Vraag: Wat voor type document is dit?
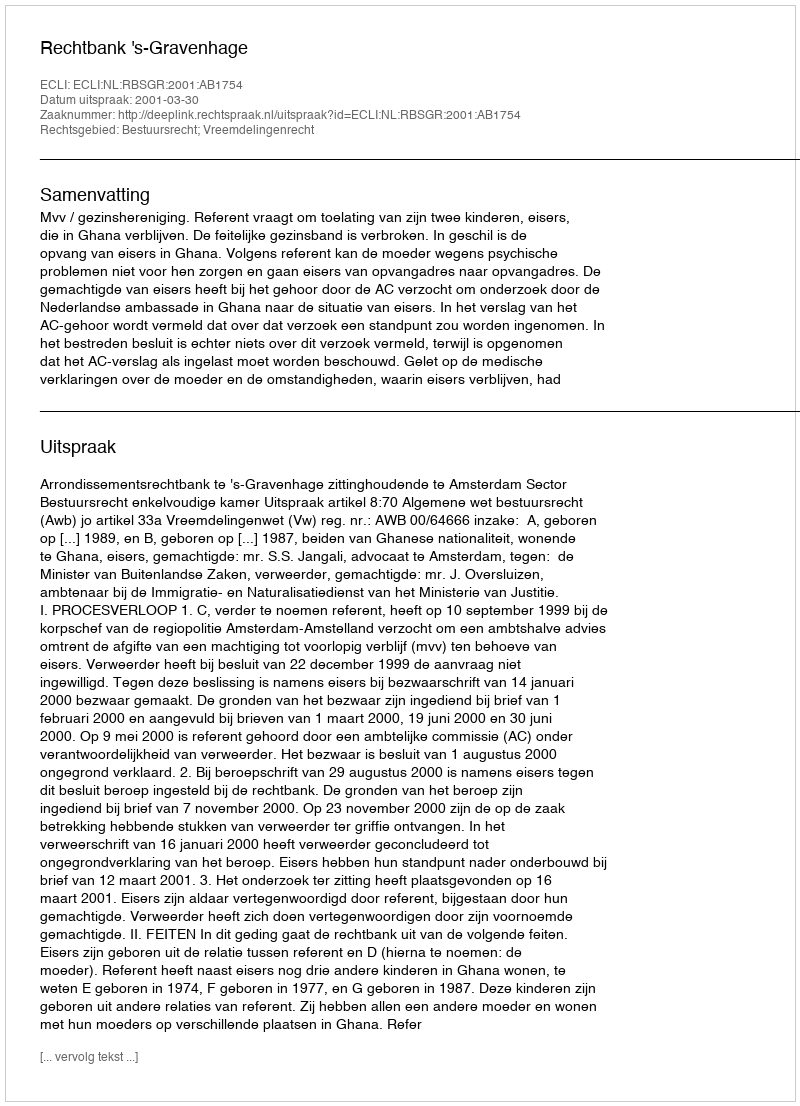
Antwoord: Uitspraak